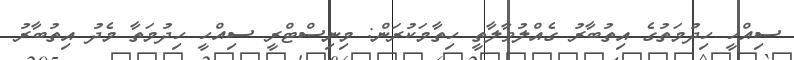
ސިއްހީ ހިދުމަތުގެ އިތުބާރު ގެއްލުވާލާތީ ހިތާމަކުރަން: މިނިސްޓްރީ ސިއްހީ ހިދުމަތާ މެދު އިތުބާރު